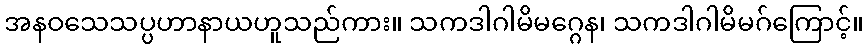
အနဝသေသပ္ပဟာနာယဟူသည်ကား။ သကဒါဂါမိမဂ္ဂေန၊ သကဒါဂါမိမဂ်ကြောင့်။